Annual report on the lock hospitals of the Madras Presidency
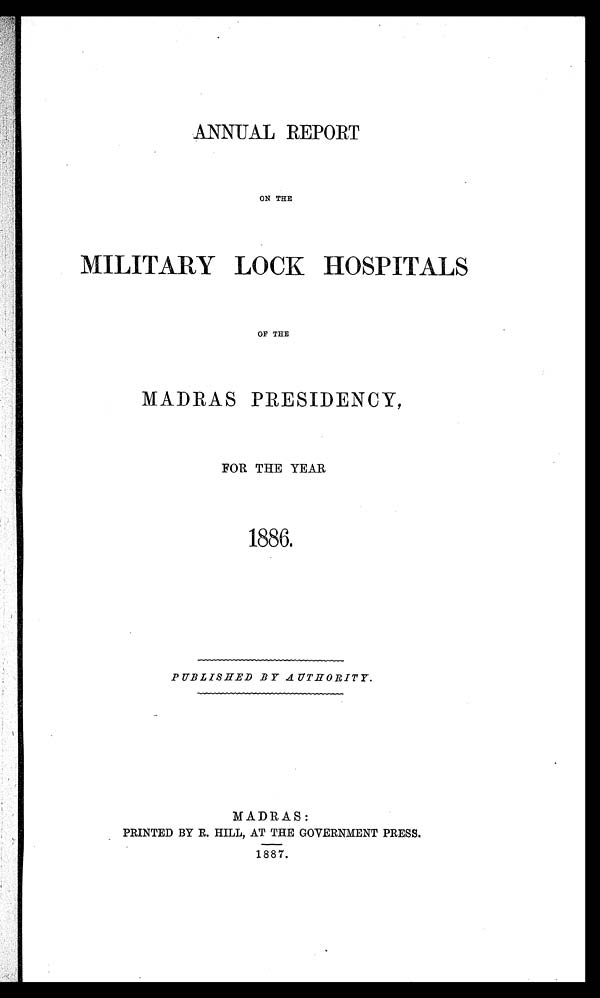
ANNUAL REPORT
ON THE
MILITARY LOCK HOSPITALS
OF THE
MADRAS PRESIDENCY,
FOR THE YEAR
1886.
PUBLISHED BY AUTHORITY.
MADRAS:
PRINTED BY R. HILL, AT THE GOVERNMENT PRESS.
1887.